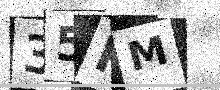
Text: 35RM